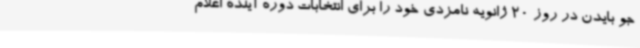
جو بایدن در روز 20 ژانویه نامزدی خود را برای انتخابات دوره آینده اعلام